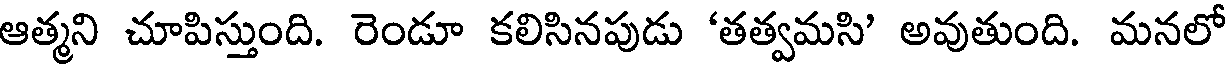
ఆత్మని చూపిస్తుంది. రెండూ కలిసినపుడు 'తత్వమసి' అవుతుంది. మనలో